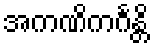
အကဏိကင်္ဂန္တိ